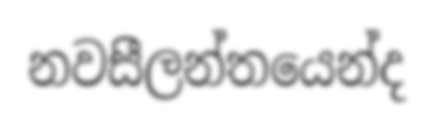
නවසීලන්තයෙන්ද